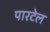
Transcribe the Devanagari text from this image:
पारटेल